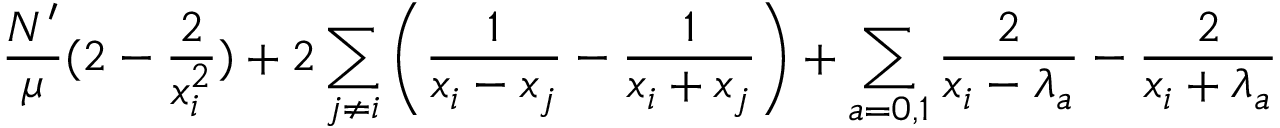
\frac { N ^ { \prime } } { \mu } ( 2 - \frac 2 { x _ { i } ^ { 2 } } ) + 2 \sum _ { j \neq i } \left( \frac 1 { x _ { i } - x _ { j } } - \frac 1 { x _ { i } + x _ { j } } \right) + \sum _ { a = 0 , 1 } \frac 2 { x _ { i } - \lambda _ { a } } - \frac 2 { x _ { i } + \lambda _ { a } }